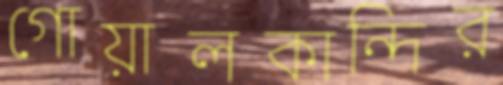
গোয়ালকান্দির